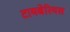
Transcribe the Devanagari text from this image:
टायबेरियस